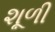
શૂળી